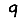
Digit: 9